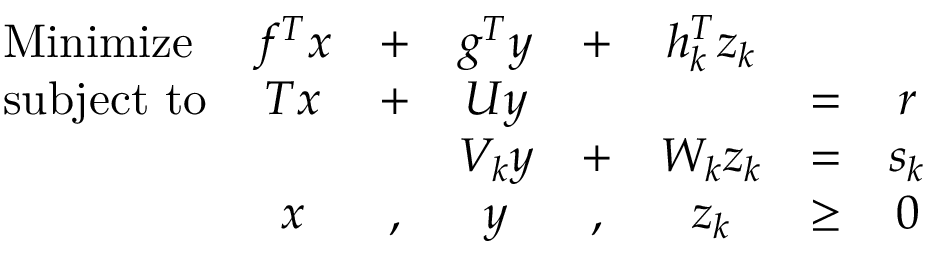
{ \begin{array} { l c c c c c c c } { { \mathrm { M i n i m i z e } } } & { f ^ { T } x } & { + } & { g ^ { T } y } & { + } & { h _ { k } ^ { T } z _ { k } } & & \\ { { \mathrm { s u b j e c t ~ t o } } } & { T x } & { + } & { U y } & & & { = } & { r } \\ & & & { V _ { k } y } & { + } & { W _ { k } z _ { k } } & { = } & { s _ { k } } \\ & { x } & { , } & { y } & { , } & { z _ { k } } & { \geq } & { 0 } \end{array} }